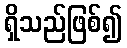
ရှိသည်ဖြစ်၍